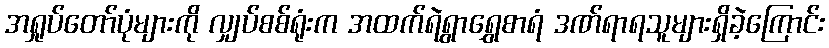
အရှုပ်တော်ပုံများကို လျှပ်စစ်ရုံးက အထက်ရဲရွာရွှေစာရံ ဒဏ်ရာရသူများရှိခဲ့ကြောင်း